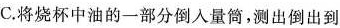
C.将烧杯中油的一部分倒入量筒，测出倒出到